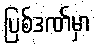
ပြစ်ဒဏ်မှာ